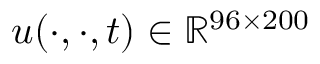
u ( \cdot , \cdot , t ) \in \mathbb { R } ^ { 9 6 \times 2 0 0 }